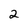
Character: 2